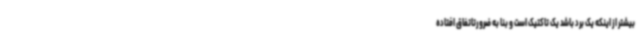
بیشتر از اینکه یک برد باشد یک تاکتیک است و بنا به ضرورتاتفاق افتاده